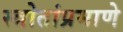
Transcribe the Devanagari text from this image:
स्त्रोतांप्रमाणे